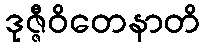
ဒုဇ္ဇီဝိတေနာတိ